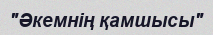
"Әкемнің қамшысы"